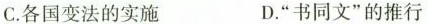
C.各国变法的实施 D.”书同文”的推行